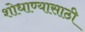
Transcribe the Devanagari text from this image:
शोधाण्यासाठी